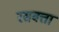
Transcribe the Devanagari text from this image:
रसवत्ता